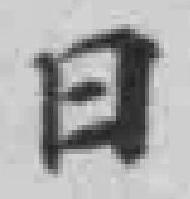
日